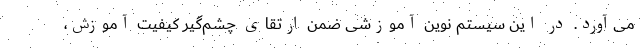
می‌آورد. در این سیستم نوین آموزشی ضمن ارتقای چشم‌گیر کیفیت آموزش،